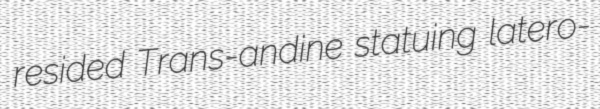
resided Trans-andine statuing latero-